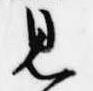
見